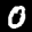
Label: 0